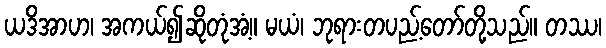
ယဒိအာဟ၊ အကယ်၍ဆိုတုံအံ့။ မယံ၊ ဘုရားတပည့်တော်တို့သည်။ တဿ၊